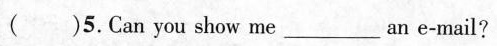
( )5.Can you show me___an e-mail?